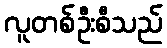
လူတစ်ဦးစီသည်